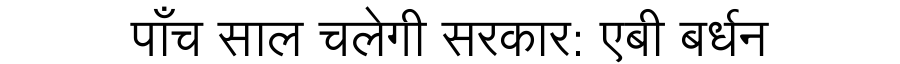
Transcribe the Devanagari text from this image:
पाँच साल चलेगी सरकार: एबी बर्धन